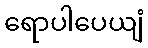
ရောပါပေယျံ